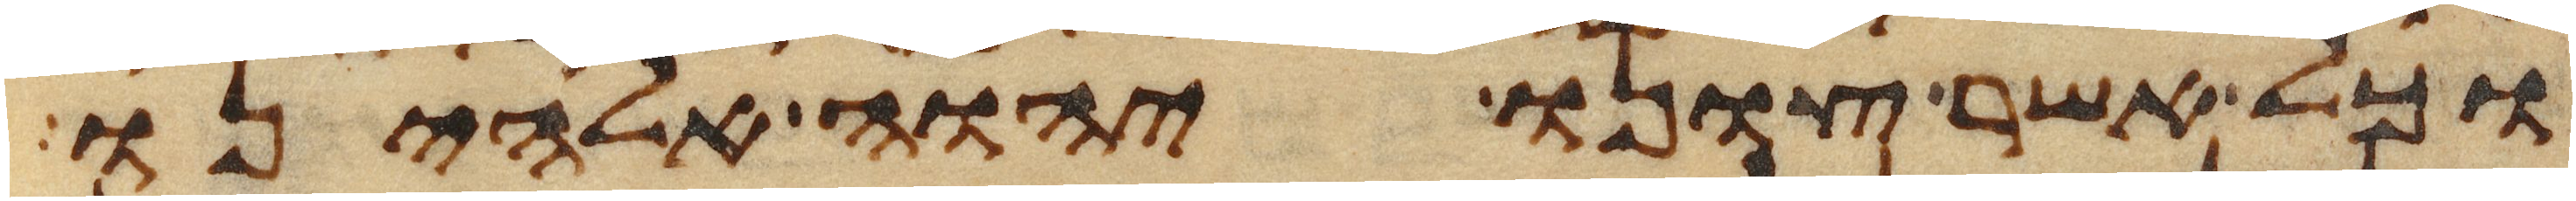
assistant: וכל אשר צונו יהוה אלהינו